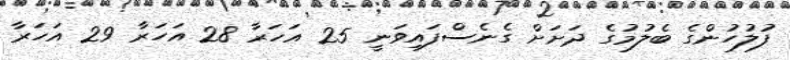
ފުލުހުންގެ ބެލުމުގެ ދަށަށް ގެނެސްފައިވަނީ 25 އަހަރާ 28 އަހަރާ 29 އަހަރާ